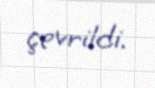
çevrildi.